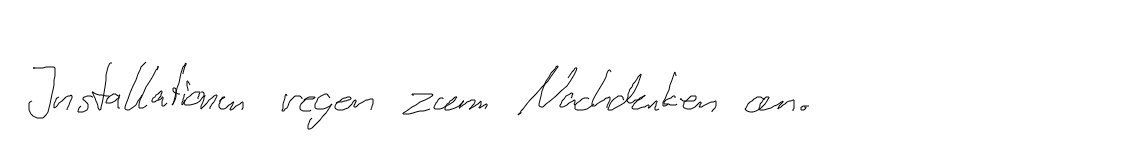
Installationen regen zum Nachdenken an.